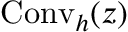
{ \mathrm { C o n v } } _ { h } ( z )